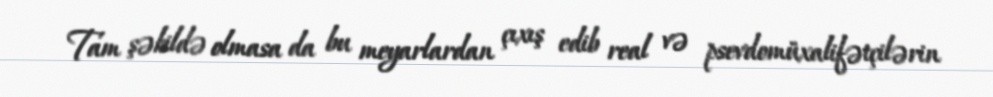
Tam şəkildə olmasa da bu meyarlardan çıxış edib real və psevdomüxalifətçilərin